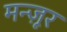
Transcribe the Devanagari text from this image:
मन्ज़ूर